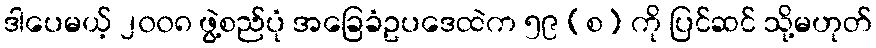
ဒါပေမယ့် ၂၀၀၈ ဖွဲ့စည်ပုံ အခြေခံဥပဒေထဲက ၅၉ (စ) ကို ပြင်ဆင် သို့မဟုတ်